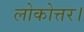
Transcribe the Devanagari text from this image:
लोकोत्तर।